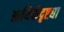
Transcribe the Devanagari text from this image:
आथिर्कदृष्ट्या